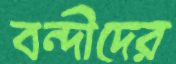
বন্দীদের